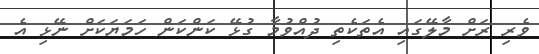
ވެރި ރަށް މާލޭގައި އެތަކެތި ދުއްވުމާ ގުޅޭ ކަންކަން ހަމަޔަކަށް ނޭޅި އެ